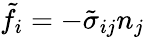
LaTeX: \tilde{f}_{i}=-\tilde{\sigma}_{ij}n_{j}